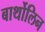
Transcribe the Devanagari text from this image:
बार्थोलिन